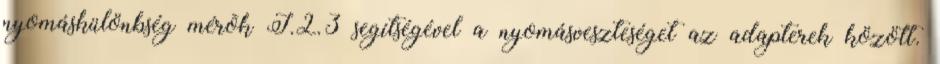
nyomáskülönbség mérõk I.2.3 segítségével a nyomásveszteséget az adapterek között.